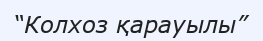
“Колхоз қарауылы”